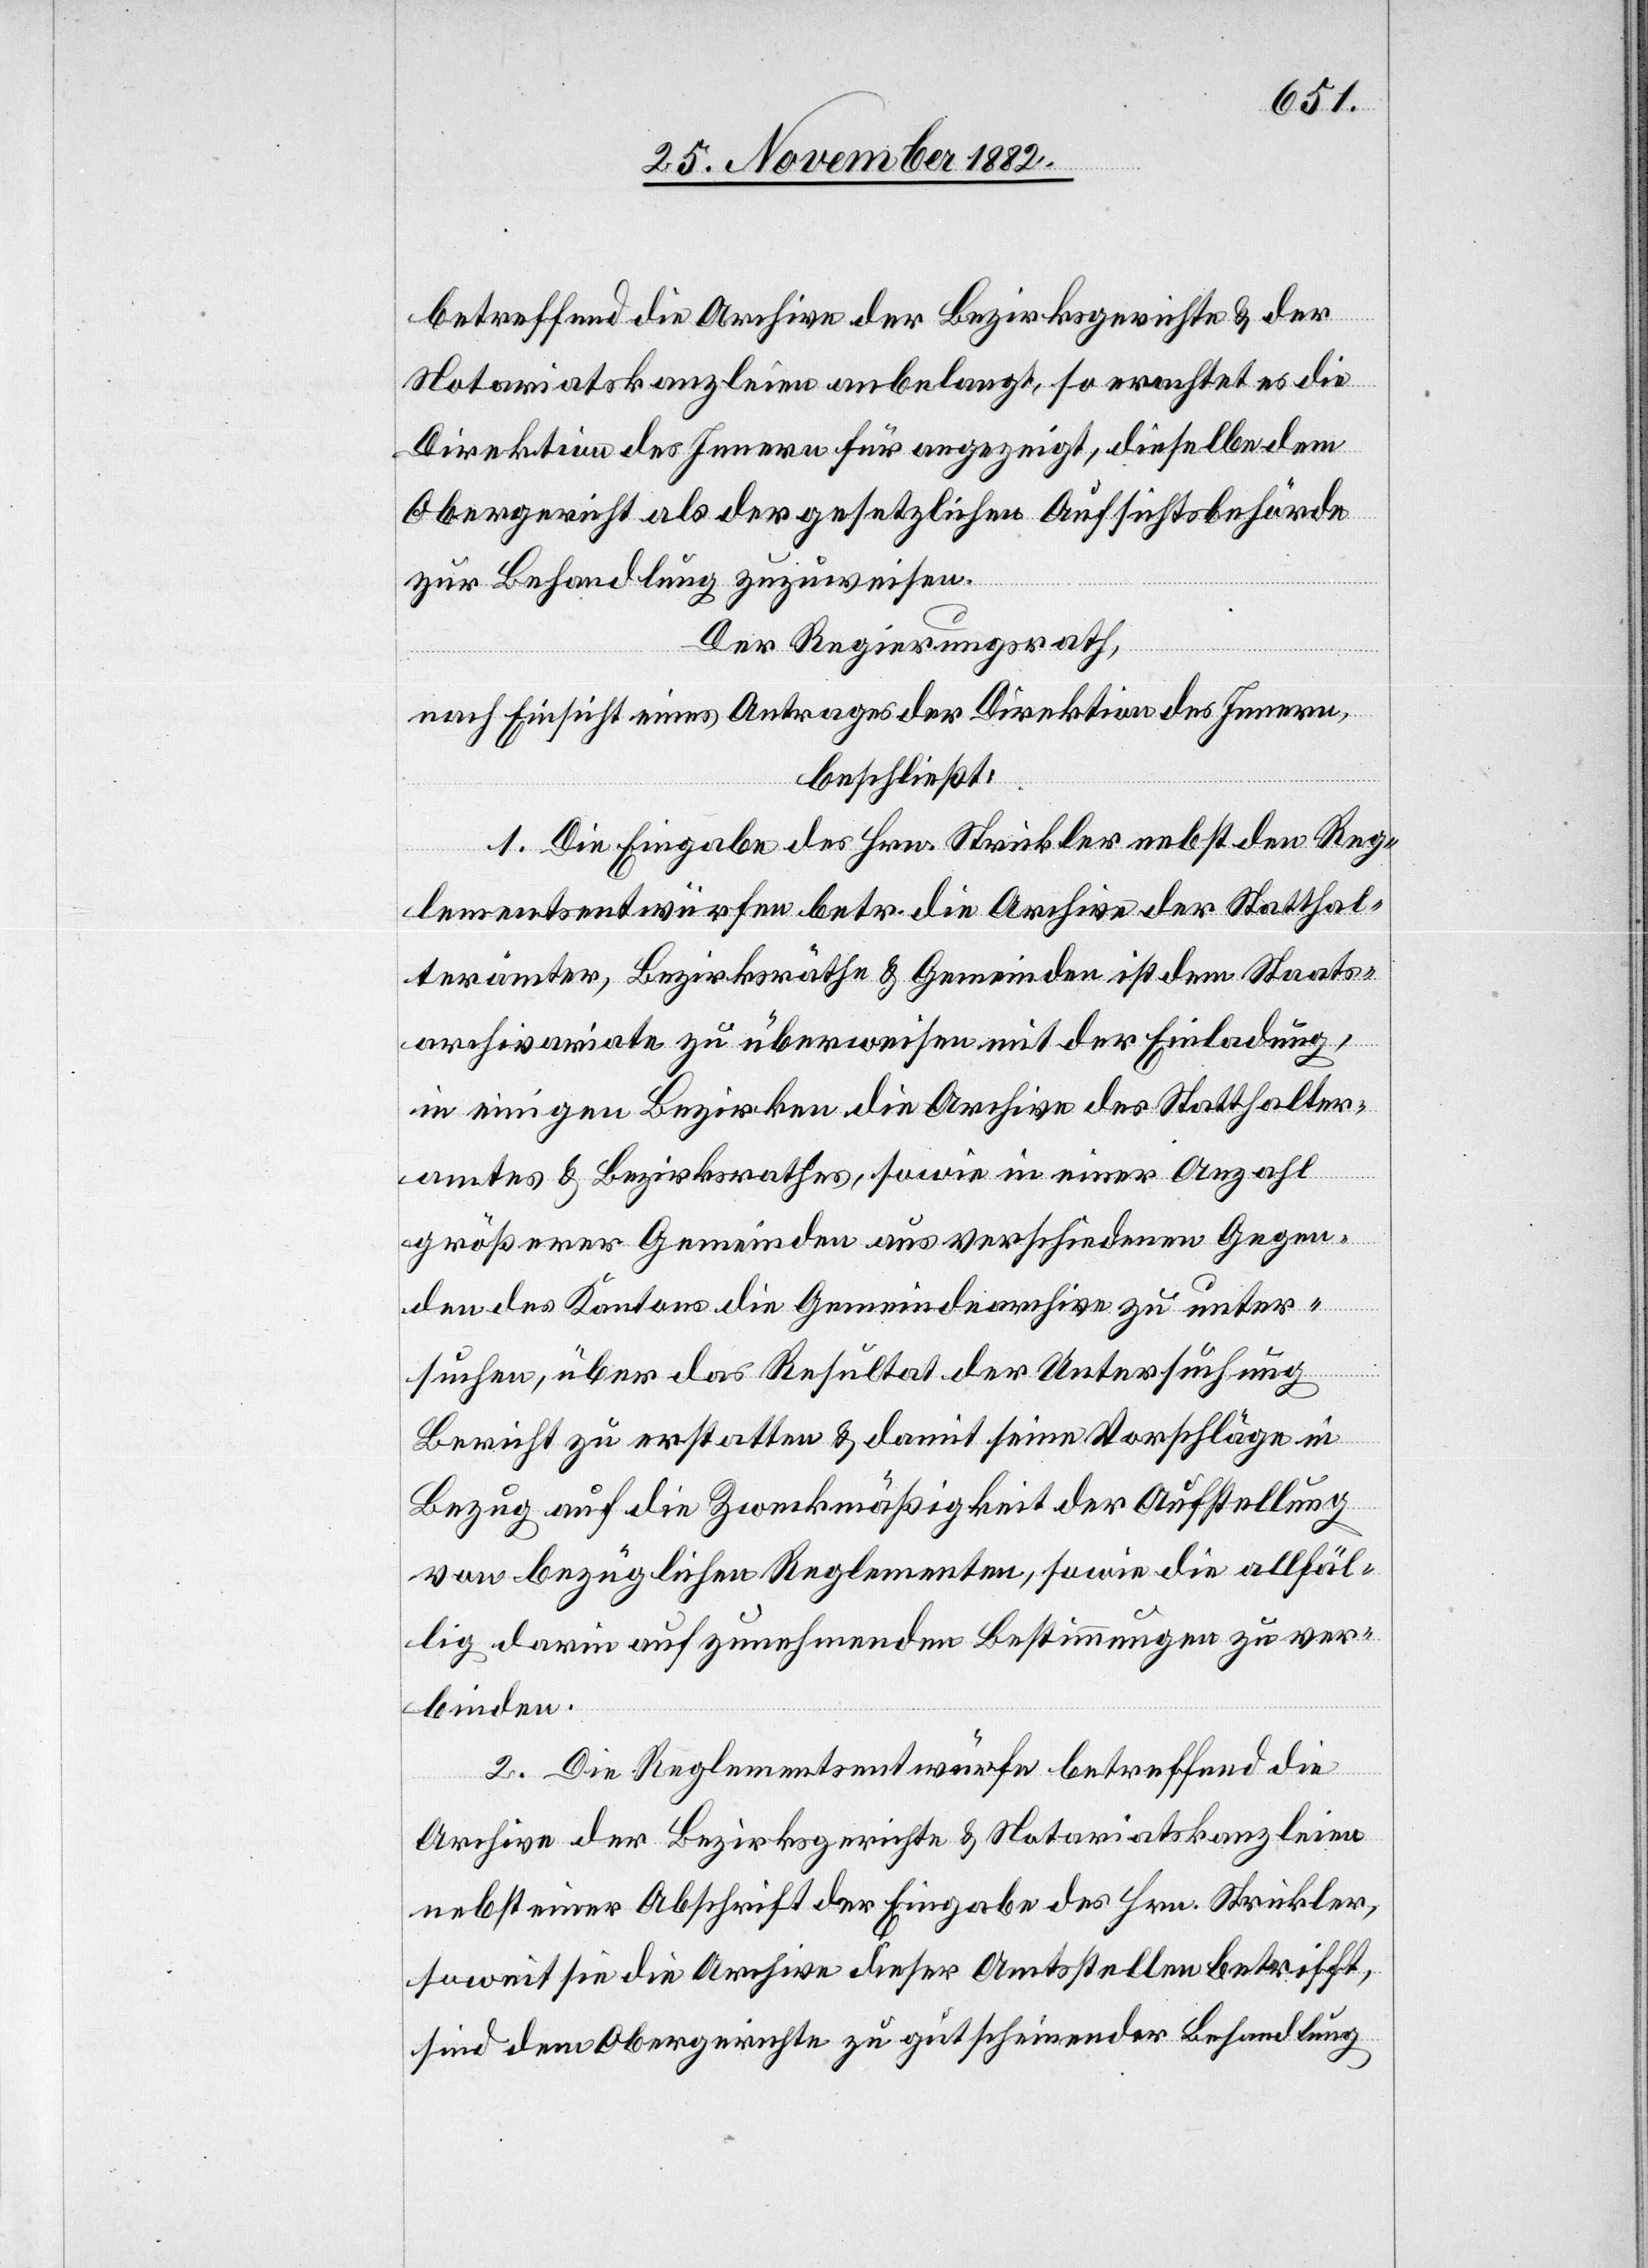
betreffend die Archive der Bezirksgerichte & der
Notariatskanzleien anbelangt, so erachtet es die
Direktion des Innern für angezeigt, dieselbe dem
Obergericht als der gesetzlichen Aufsichtsbehörde
zur Behandlung zuzuweisen.
Der Regierungsrath,
nach Einsicht eines Antrages der Direktion des Innern,
beschließt:
1. Die Eingabe des Hrn. Strickler nebst den Reg¬
lementsentwürfen betr. die Archive der Statthal¬
terämter, Bezirksräthe & Gemeinden ist dem Staats¬
archivariate zu überweisen mit der Einladung,
in einigen Bezirken die Archive des Statthalter¬
amtes & Bezirksrathes, sowie in einer Anzahl
größerer Gemeinden aus verschiedenen Gegen¬
den des Kantons die Gemeindearchive zu unter¬
suchen, über das Resultat der Untersuchung
Bericht zu erstatten & damit seine Vorschläge in
Bezug auf die Zweckmäßigkeit der Aufstellung
von bezüglichen Reglementen, sowie die allfäl¬
lig darin aufzunehmenden Bestimmungen zu ver¬
binden.
2. Die Reglementsentwürfe betreffend die
Archive der Bezirksgerichte & Notariatskanzleien
nebst einer Abschrift der Eingabe des Hrn. Strickler,
soweit sie die Archive dieser Amtsstellen betrifft,
sind dem Obergerichte zu gutscheinender Behandlung